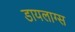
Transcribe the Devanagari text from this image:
डायलाग्स